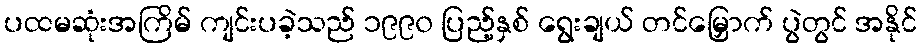
ပထမဆုံးအကြိမ် ကျင်းပခဲ့သည် ၁၉၉၀ ပြည့်နှစ် ရွေးချယ် တင်မြှောက် ပွဲတွင် အနိုင်